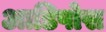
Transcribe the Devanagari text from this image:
आडिपोस